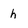
Character: h